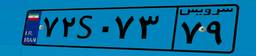
۷۲S۰۷۳۷۹